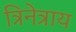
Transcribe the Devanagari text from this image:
त्रिनेत्राय